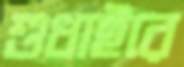
শুধাইরে